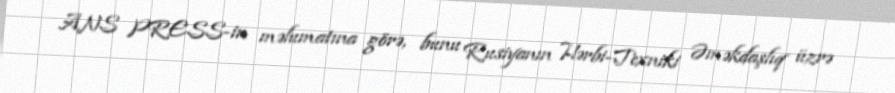
ANS PRESS-in məlumatına görə, bunu Rusiyanın Hərbi-Texniki Əməkdaşlıq üzrə